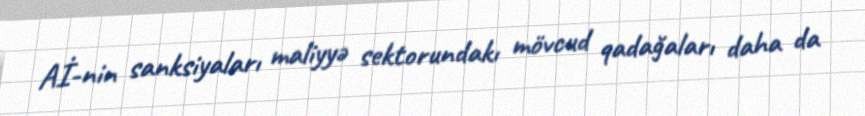
Aİ-nin sanksiyaları maliyyə sektorundakı mövcud qadağaları daha da